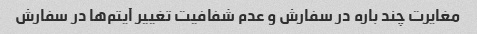
مغایرت چند باره در سفارش و عدم شفافیت تغییر آیتم‌ها در سفارش